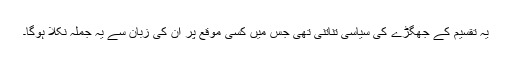
یہ تقسیم کے جھگڑے کی سیاسی تناتنی تھی جس میں کسی موقع پر ان کی زبان سے یہ جملہ نکلا ہوگا۔